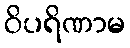
ဝိပရိဏာမ